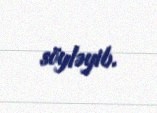
söyləyib.